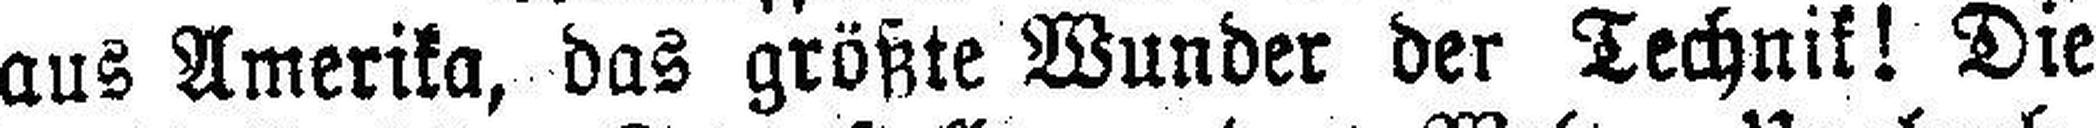
aus Amerika, das größte Wunder der Technik! Die